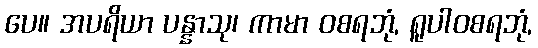
ပေ။ အပရိယာ ပန္နာသု၊ ကာမာ ဝစရဘုံ, ရူပါဝစရဘုံ,